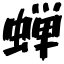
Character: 蝉